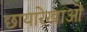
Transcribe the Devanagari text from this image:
छायारेखाओं